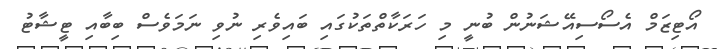
އޯޓިޒަމް އެސޯސިއޭޝަނުން ބުނީ މި ހަރަކާތްތަކުގައި ބައިވެރި ނުވި ނަމަވެސް ބިބާއި ޓީޝާޓު